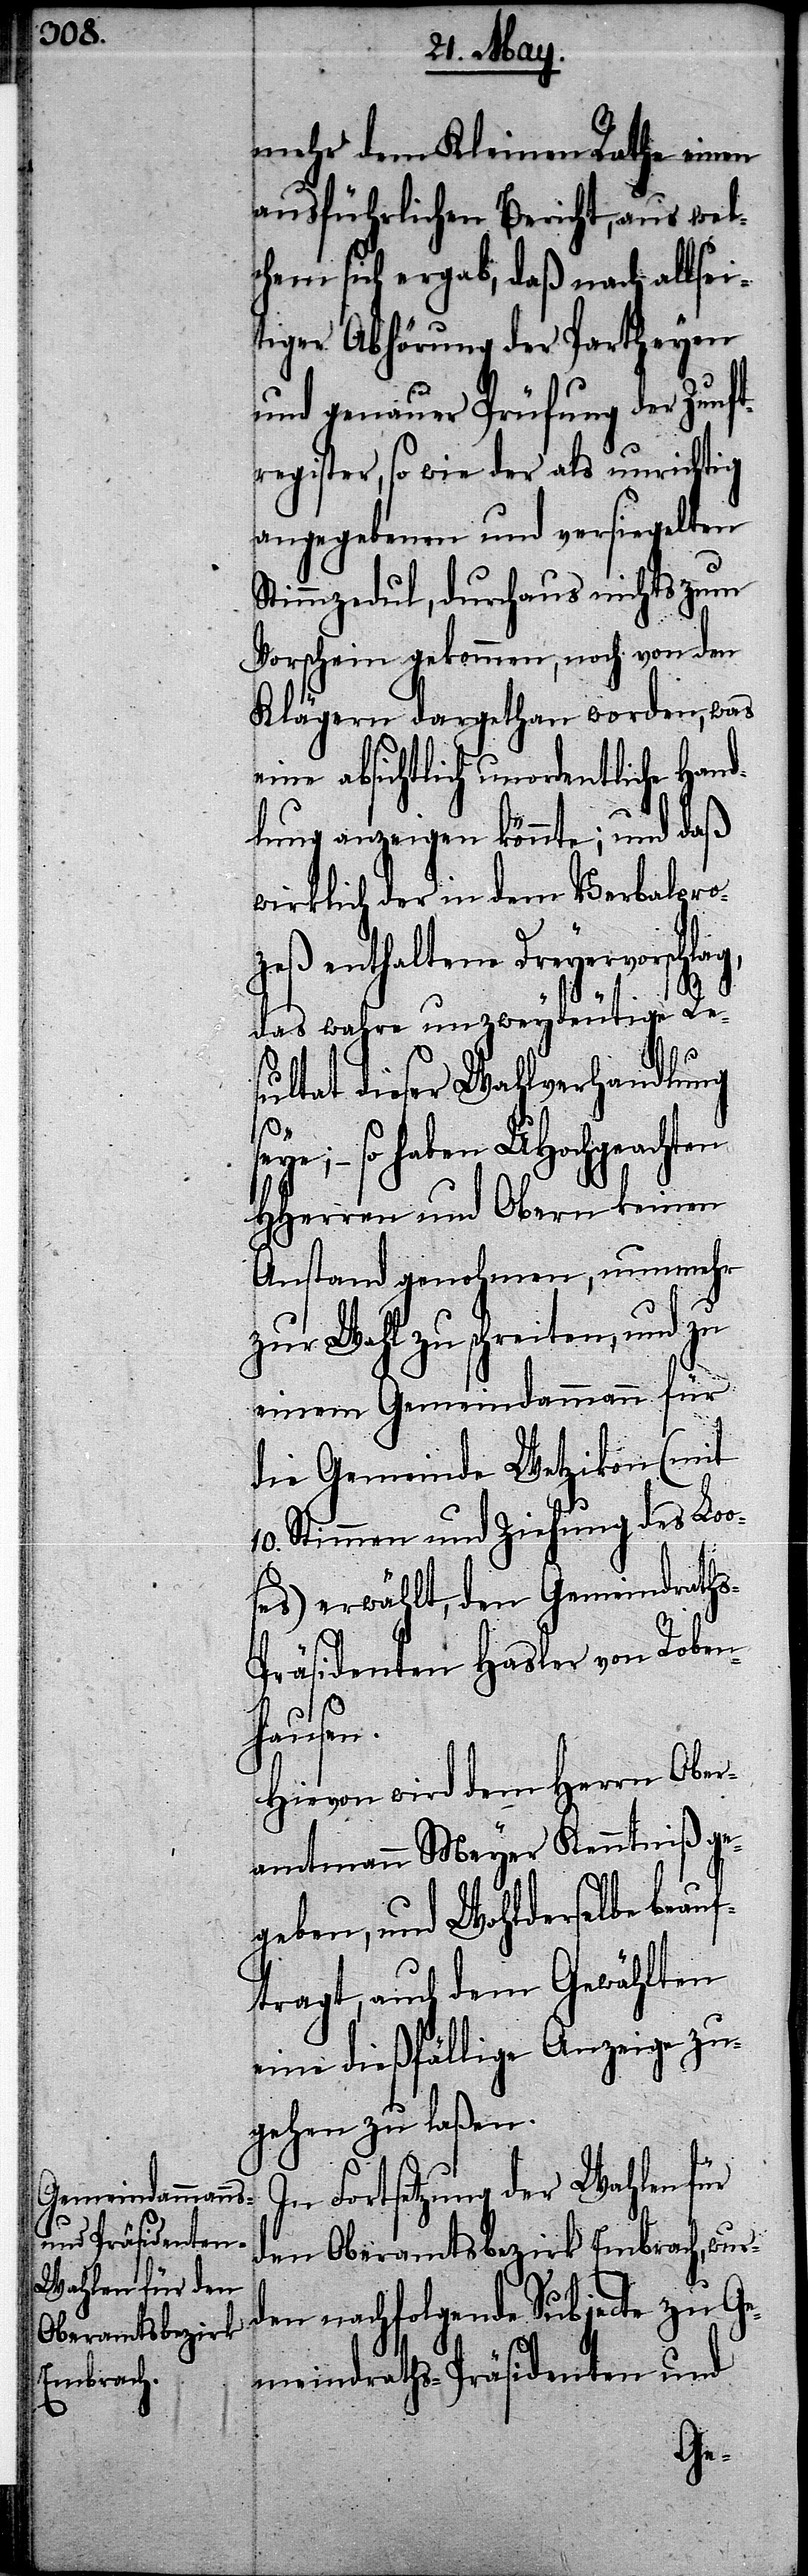
mehr dem Kleinen Rathe einen
ausführlichen Bericht, aus wel¬
chem sich ergab, daß nach allsei¬
tiger Abhörung der Partheyen
und genauer Prüfung der Zunft¬
register, so wie der als unrichtig
angegebenen und versiegelten
Stimmzedul, durchaus nichts zum
Vorschein gekommen, noch von den
Klägern dargethan worden, was
eine absichtlich unordentliche Hand¬
lung anzeigen könnte; und daß
wirklich der in dem Verbalpro¬
zeß enthaltene Dreyervorschlag,
das wahre unzweydeutige Re¬
sultat dieser Wahlverhandlung
so haben UHochgeachten
HHerren und Obern keinen
Anstand genohmen, nunmehr
zur Wahl zu schreiten, und zu
einem Gemeindammann für
die Gemeinde Wetzikon (mit
10. Stimmen und Ziehung des Loo¬
ses) erwählt, den Gemeindrath¬
s-Präsidenten Hasler von Roben¬
hausen.
Hievon wird dem Herrn Ober¬
amtmann Meyer Kenntniß ge¬
geben, und Wohlderselbe beauf¬
tragt, auch dem Gewählten
eine dießfällige Anzeige zu¬
gehen zu laßen.
In Fortsetzung der Wahlen für
den Oberamtsbezirk Embrach, wur¬
den nachfolgende Subjecte zu Ge¬
meindraths-Präsidenten und